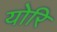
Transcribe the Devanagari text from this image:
योरि